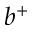
b ^ { + }